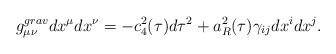
LaTeX: \begin{align*}g^{grav}_{\mu\nu}dx^{\mu}dx^{\nu}=-c^2_4(\tau)d\tau^2+a^2_R(\tau)\gamma_{ij}dx^idx^j.\end{align*}